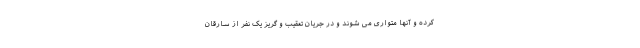
کرده و آنها متواری می شوند و در جریان تعقیب و گریز یک نفر از سارقان